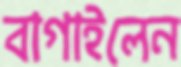
বাগাইলেন